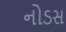
નોડસ